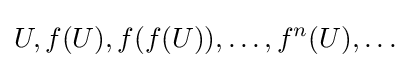
U,f(U),f(f(U)),\dots ,f^{n}(U),\dots